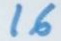
16